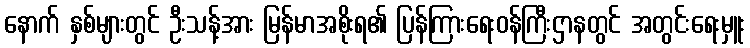
နောက် နှစ်များတွင် ဦးသန့်အား မြန်မာအစိုးရ၏ ပြန်ကြားရေးဝန်ကြီးဌာနတွင် အတွင်းရေးမှူး